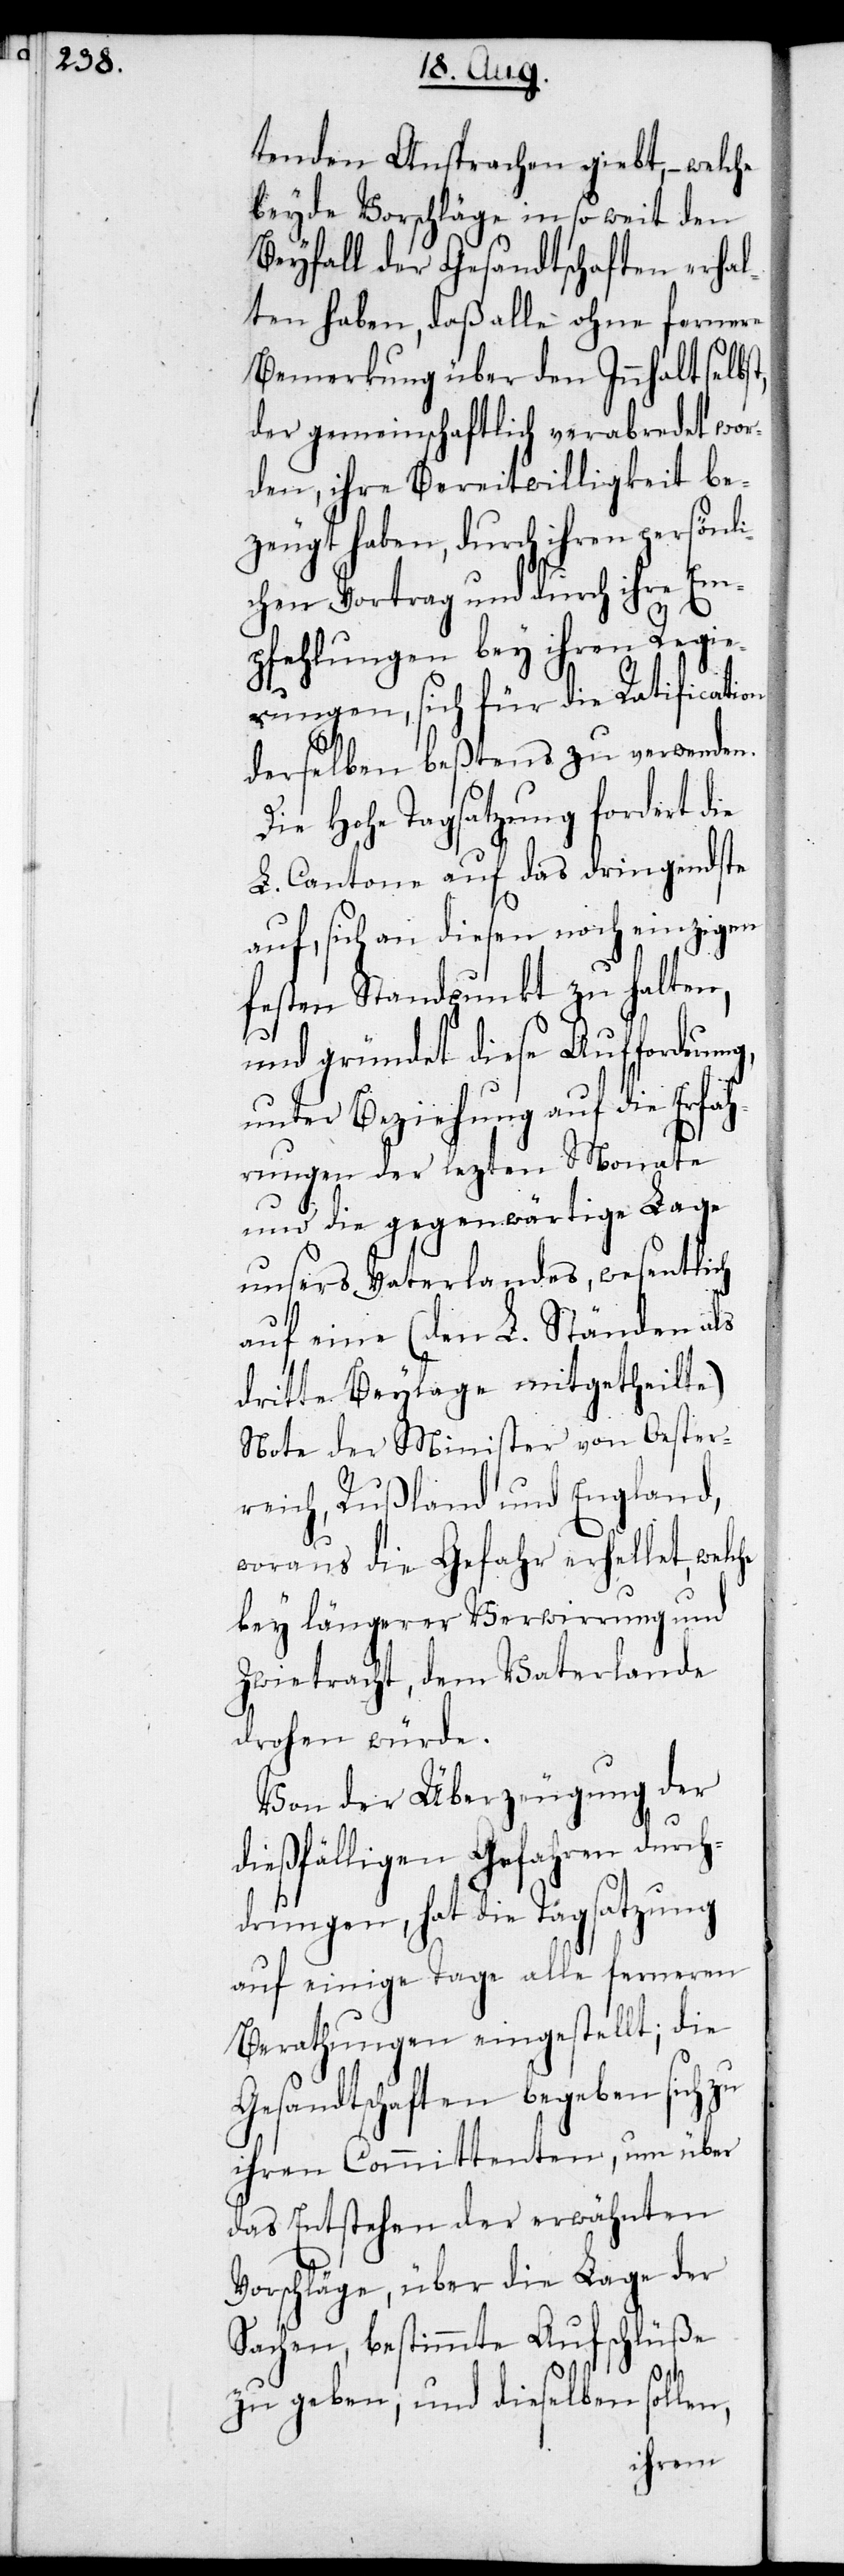
he

tenden Ansprachen giebt, – welche
beyde Vorschläge insoweit den
Beyfall der Gesandtschaften erhal¬
ten haben, daß alle ohne fernere
Bemerkung über den Innhalt selbst,
der gemeinschaftlich verabredet wor¬
den, ihre Bereitwilligkeit be¬
zeugt haben, durch ihren persönli¬
chen Vortrag und durch ihre Em¬
pfehlungen bey ihren Regie¬
rungen, sich für die Ratification
derselben beßtens zu verwenden.
Die Hohe Tagsatzung fordert die
L. Cantone auf das dringendste
auf, sich an diesen noch einzigen
festen Standpunkt zu halten,
und gründet diese Aufforderu¬
unter Beziehung auf die Erfah¬
rungen der lezten Monate
und die gegenwärtige Lage
unsers Vaterlandes, wesentlich
auf eine (den L. Ständen als
dritte Beylage mitgetheilte)
Note der Minister von Oester¬
reich, Rußland und England,
woraus die Gefahr erhellet, welc¬
bey längerer Verwirrung und
Zwietracht, dem Vaterlande
drohen würde.
Von der Überzeugung der
dießfälligen Gefahren durch¬
drungen, hat die Tagsatzung
auf einige Tage alle ferneren
Berathungen eingestellt; die
Gesandtschaften begeben sich zu
ihren Committenten, um über
das Entstehen der erwähnten
Vorschläge, über die Lage der
Sachen, bestimmte Aufschlüße
zu geben; und dieselben
sollen,